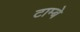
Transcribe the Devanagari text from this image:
टाम्बे